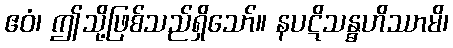
ဧဝံ၊ ဤသို့ဖြစ်သည်ရှိသော်။ နပဋိသန္ဓဟိဿာမိ၊